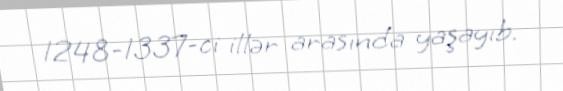
1248-1337-ci illər arasında yaşayıb.